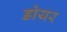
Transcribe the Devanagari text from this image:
डोयर